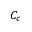
C _ { c }